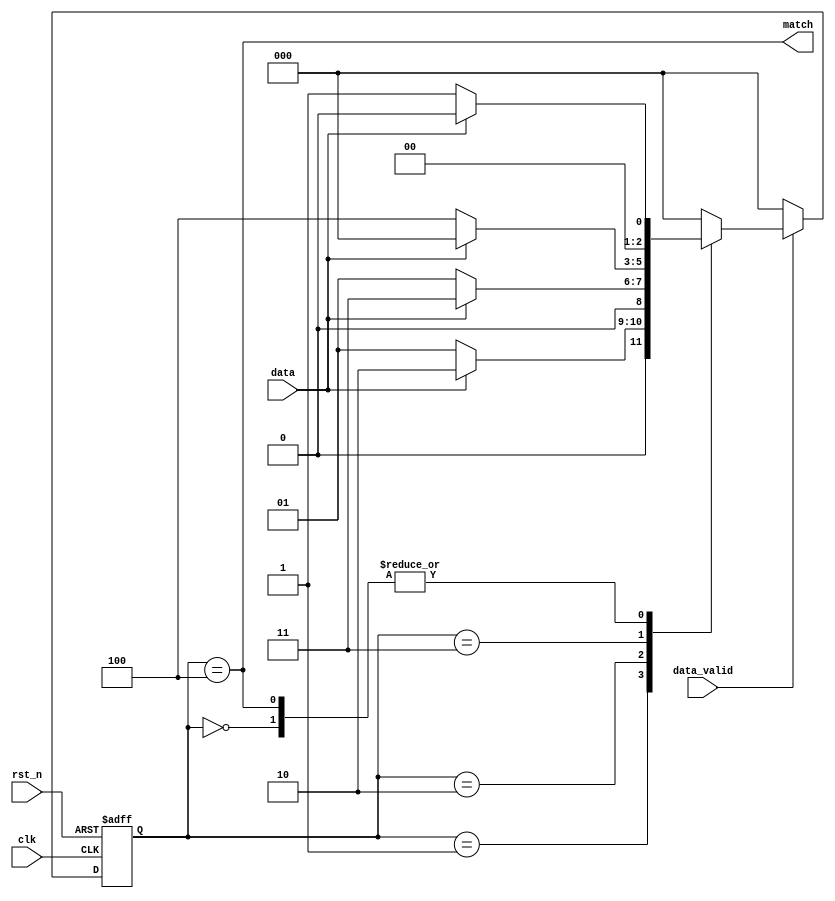
`timescale 1ns/1ns
module sequence_detect(
	input clk,
	input rst_n,
	input data,
	input data_valid,
	output reg match
	);

	parameter S0 = 0;
	parameter S1 = 1;
	parameter S2 = 2;
	parameter S3 = 3;
	parameter S_match = 4;

	reg [2:0] state, next_state;

	always @(posedge clk or negedge rst_n) begin
		if(!rst_n) state <= S0;
		else if(!data_valid) state <= S0;
		else state <= next_state;
	end

	always @(*)begin
		case(state)
			S0: next_state = (data) ? S0 : S1;
			S1: next_state = (data) ? S2 : S1;
			S2: next_state = (data) ? S3 : S1;
			S3: next_state = (data) ? S0 : S_match;
			S_match : next_state = (data) ? S0 : S1;
			default : next_state = S0;
		endcase
	end

	always @(*)begin
		match = (state == S_match);
	end
  
endmodule